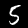
Digit: 5